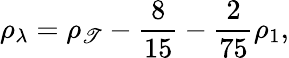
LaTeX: \rho_{\lambda}=\rho_{\mathscr{T}}-\frac{{8}}{{15}}-\frac{{2}}{{75}}\rho_{1},